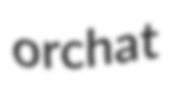
orchat